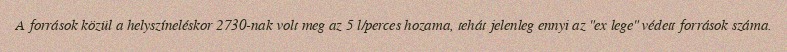
A források közül a helyszíneléskor 2730-nak volt meg az 5 l/perces hozama, tehát jelenleg ennyi az "ex lege" védett források száma.